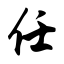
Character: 任